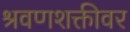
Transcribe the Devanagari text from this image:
श्रवणशक्तीवर